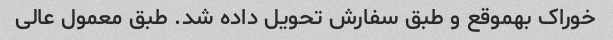
خوراک بهموقع و طبق سفارش تحویل داده شد. طبق معمول عالی